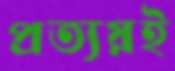
প্রত্যয়ই